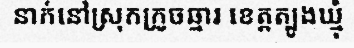
នាក់នៅស្រុកក្រូចឆ្មារ ខេត្តត្បូងឃ្មុំ